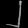
Digit: ၂